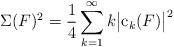
LaTeX: \begin{align*} \Sigma(F)^2 = \frac{1}{4} \sum_{k=1}^\infty k \big|\mathrm{c}_k(F) \big|^2 \end{align*}